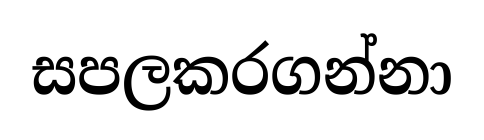
සපලකරගන්නා